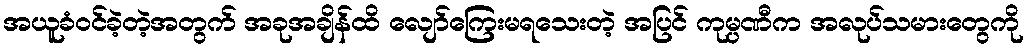
အယူခံဝင်ခဲ့တဲ့အတွက် အခုအချိန်ထိ လျော်ကြေးမရသေးတဲ့ အပြင် ကုမ္ပဏီက အလုပ်သမားတွေကို